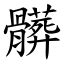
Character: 髒